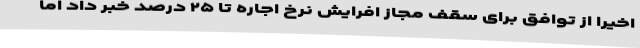
اخیرا از توافق برای سقف مجاز افرایش نرخ اجاره تا ۲۵ درصد خبر داد اما